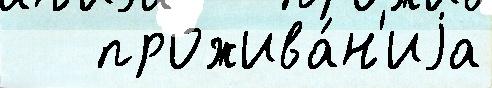
   прожива́н'иjа